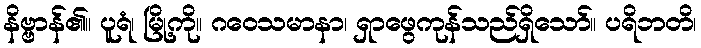
နိဗ္ဗာန်၏။ ပူရံ၊ မြို့ကို။ ဂဝေသမာနာ၊ ရှာဖွေကုန်သည်ရှိသော်။ ပရိဘတိ၊